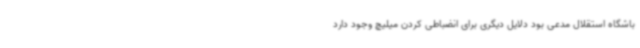
باشگاه استقلال مدعی بود دلایل دیگری برای انضباطی کردن میلیچ وجود دارد